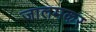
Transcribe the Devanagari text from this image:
जालमकर